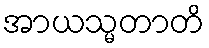
အာယသ္မတာတိ